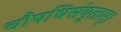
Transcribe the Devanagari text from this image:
चौषधिसंयुताम्।